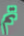
تم